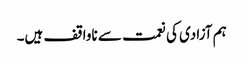
ہم آزادی کی نعمت سے ناواقف ہیں۔